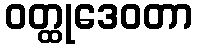
ဝတ္ထုဒေဝတာ